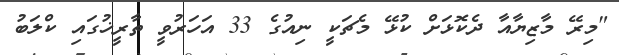
"މިރޭ މާޒިޔާއާ ދެކޮޅަށް ކުޅޭ މެޗަކީ ނިއުގެ 33 އަހަރުވީ ތާރީޚުގައި ކްލަބު